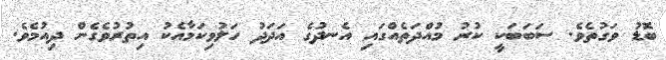
ބޮޑު ވަގުތެވެ. ސަބަބަކީ ކުރު މުއްދަތެއްގައި އެނދުގެ އަދަދު ހަލުވިކަމާއެކު އިތުރުވެގެން ދިއުމެވެ.